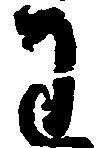
わ